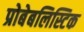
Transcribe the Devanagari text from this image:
प्रोबेबलिस्टिक